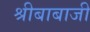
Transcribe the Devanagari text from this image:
श्रीबाबाजी